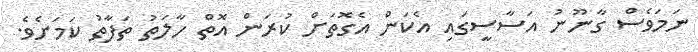
ނަމަވެސް ގާނޫނު އަސާސީގައި އެކަން އެގޮތަށް ކުރަން އޮތް ހާލަތު ތަފާތު ކަމަށެވެ.